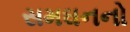
સમઘનનો